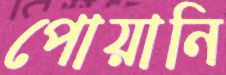
পোয়ানি